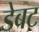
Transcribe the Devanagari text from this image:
डेबट